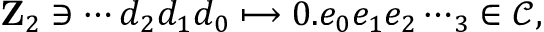
\mathbf { Z } _ { 2 } \ni \cdots d _ { 2 } d _ { 1 } d _ { 0 } \longmapsto 0 . e _ { 0 } e _ { 1 } e _ { 2 } \cdots _ { 3 } \in { \mathcal { C } } ,